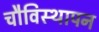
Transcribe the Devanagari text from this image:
चौविस्थापन